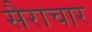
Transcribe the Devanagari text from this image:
सैराचार